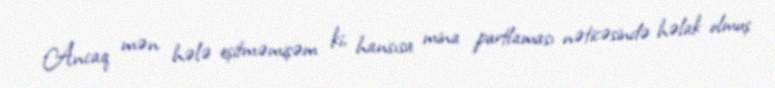
Ancaq mən hələ eşitməmişəm ki, hansısa mina partlaması nəticəsində həlak olmuş